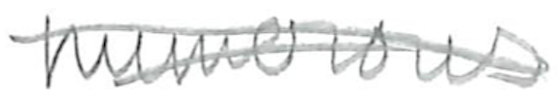
Text: numerous
Cross-out: mix
Writing tool: pencil